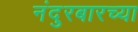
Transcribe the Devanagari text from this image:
नंदुरबारच्या